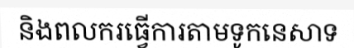
និងពលករធ្វើការតាមទូកនេសាទ